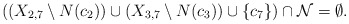
\begin{align*}\mbox{$((X_{2,7}\setminus N(c_2))\cup (X_{3,7}\setminus N(c_3))\cup\{c_7\})\cap {\cal N}=\emptyset$.}\end{align*}